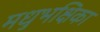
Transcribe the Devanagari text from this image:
मधुभक्षिका